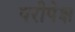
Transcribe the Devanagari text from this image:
परीपेक्ष